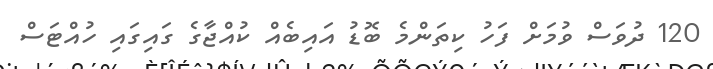
120 ދުވަސް ވުމަށް ފަހު ކިތަންމެ ބޮޑު އައިބެއް ކުއްޖާގެ ގައިގައި ހުއްޓަސް